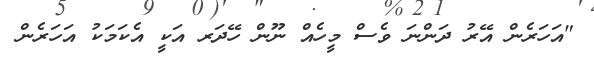
"އަހަރެން އޭރު ދަންނަ ވެސް މީހެއް ނޫން ހޭދަރ އަކީ އެކަމަކު އަހަރެން